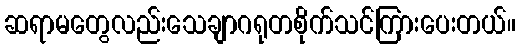
ဆရာမတွေလည်းသေချာဂရုတစိုက်သင်ကြားပေးတယ်။